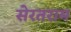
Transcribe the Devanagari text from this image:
सेरतराम